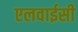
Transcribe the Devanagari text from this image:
एलवाईसी